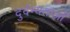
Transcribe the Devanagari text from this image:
दुर्दम्यताओं